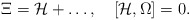
\begin{align*}\Xi={\cal H}+\ldots,\quad[{\cal H},\Omega]=0.\end{align*}